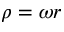
\rho = \omega r